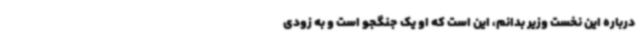
درباره این نخست وزیر بدانم، این است که او یک جنگجو است و به زودی